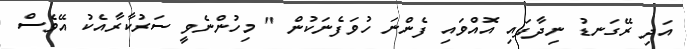
އަދި ރޭގަނޑު ނިދާފައި އޮއްވައި ފެންނަ ހުވަފެނަކުން " މިހުންނެވީ ސަރުކާރާއެކު އޭވެސް